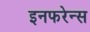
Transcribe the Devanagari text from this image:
इनफरेन्स